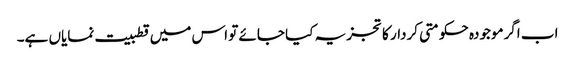
اب اگرموجودہ حکومتی کردار کا تجزیہ کیا جائے تو اس میں قطبیت نمایاں ہے۔